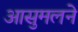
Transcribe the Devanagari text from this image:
आसुमलने